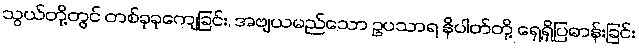
သွယ်တို့တွင် တစ်ခုခုကျေခြင်း, အဗျယမည်သော ဥပသာရ နိပါတ်တို့ ရှေ့ရှိပြဓာန်းခြင်း